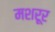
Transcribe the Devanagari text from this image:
मशरूर